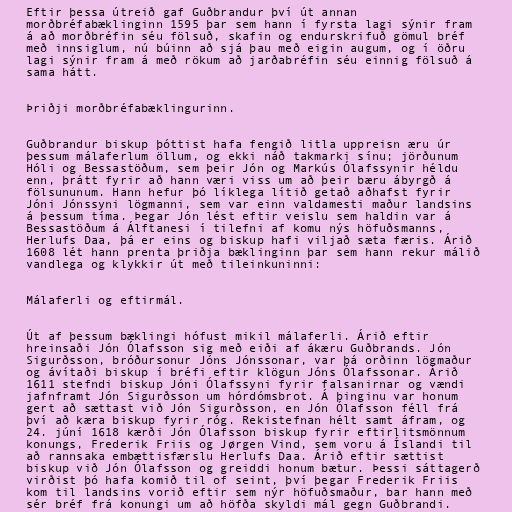
Eftir þessa útreið gaf Guðbrandur því út annan
morðbréfabæklinginn 1595 þar sem hann í fyrsta lagi sýnir fram
á að morðbréfin séu fölsuð, skafin og endurskrifuð gömul bréf
með innsiglum, nú búinn að sjá þau með eigin augum, og í öðru
lagi sýnir fram á með rökum að jarðabréfin séu einnig fölsuð á
sama hátt.

Þriðji morðbréfabæklingurinn.

Guðbrandur biskup þóttist hafa fengið litla uppreisn æru úr
þessum málaferlum öllum, og ekki náð takmarki sínu; jörðunum
Hóli og Bessastöðum, sem þeir Jón og Markús Ólafssynir héldu
enn, þrátt fyrir að hann væri viss um að þeir bæru ábyrgð á
fölsununum. Hann hefur þó líklega lítið getað aðhafst fyrir
Jóni Jónssyni lögmanni, sem var einn valdamesti maður landsins
á þessum tíma. Þegar Jón lést eftir veislu sem haldin var á
Bessastöðum á Álftanesi í tilefni af komu nýs höfuðsmanns,
Herlufs Daa, þá er eins og biskup hafi viljað sæta færis. Árið
1608 lét hann prenta þriðja bæklinginn þar sem hann rekur málið
vandlega og klykkir út með tileinkuninni:

Málaferli og eftirmál.

Út af þessum bæklingi hófust mikil málaferli. Árið eftir
hreinsaði Jón Ólafsson sig með eiði af ákæru Guðbrands. Jón
Sigurðsson, bróðursonur Jóns Jónssonar, var þá orðinn lögmaður
og ávítaði biskup í bréfi eftir klögun Jóns Ólafssonar. Árið
1611 stefndi biskup Jóni Ólafssyni fyrir falsanirnar og vændi
jafnframt Jón Sigurðsson um hórdómsbrot. Á þinginu var honum
gert að sættast við Jón Sigurðsson, en Jón Ólafsson féll frá
því að kæra biskup fyrir róg. Rekistefnan hélt samt áfram, og
24. júní 1618 kærði Jón Ólafsson biskup fyrir eftirlitsmönnum
konungs, Frederik Friis og Jørgen Vind, sem voru á Íslandi til
að rannsaka embættisfærslu Herlufs Daa. Árið eftir sættist
biskup við Jón Ólafsson og greiddi honum bætur. Þessi sáttagerð
virðist þó hafa komið til of seint, því þegar Frederik Friis
kom til landsins vorið eftir sem nýr höfuðsmaður, bar hann með
sér bréf frá konungi um að höfða skyldi mál gegn Guðbrandi.